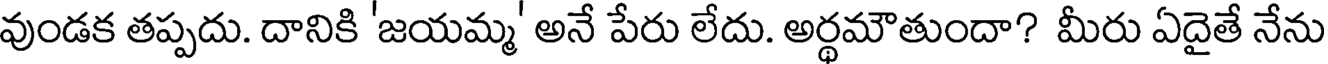
వుండక తప్పదు. దానికి 'జయమ్మ' అనే పేరు లేదు. అర్థమౌతుందా? మీరు ఏదైతే నేను